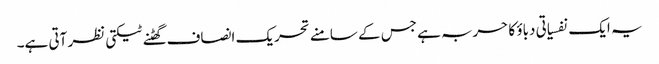
یہ ایک نفسیاتی دباؤ کا حربہ ہے جس کے سامنے تحریک انصاف گھٹنے ٹیکتی نظر آتی ہے۔